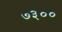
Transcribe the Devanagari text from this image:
७३००